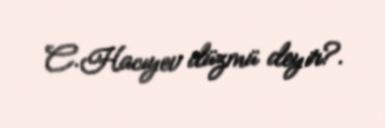
C.Hacıyev düzmü deyir?.